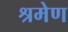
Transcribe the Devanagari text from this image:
श्रमेण